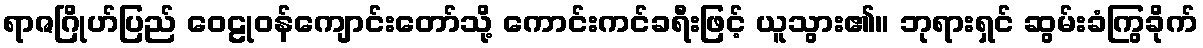
ရာဇဂြိုဟ်ပြည် ဝေဠုဝန်ကျောင်းတော်သို့ ကောင်းကင်ခရီးဖြင့် ယူသွား၏။ ဘုရားရှင် ဆွမ်းခံကြွခိုက်